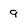
Character: 9